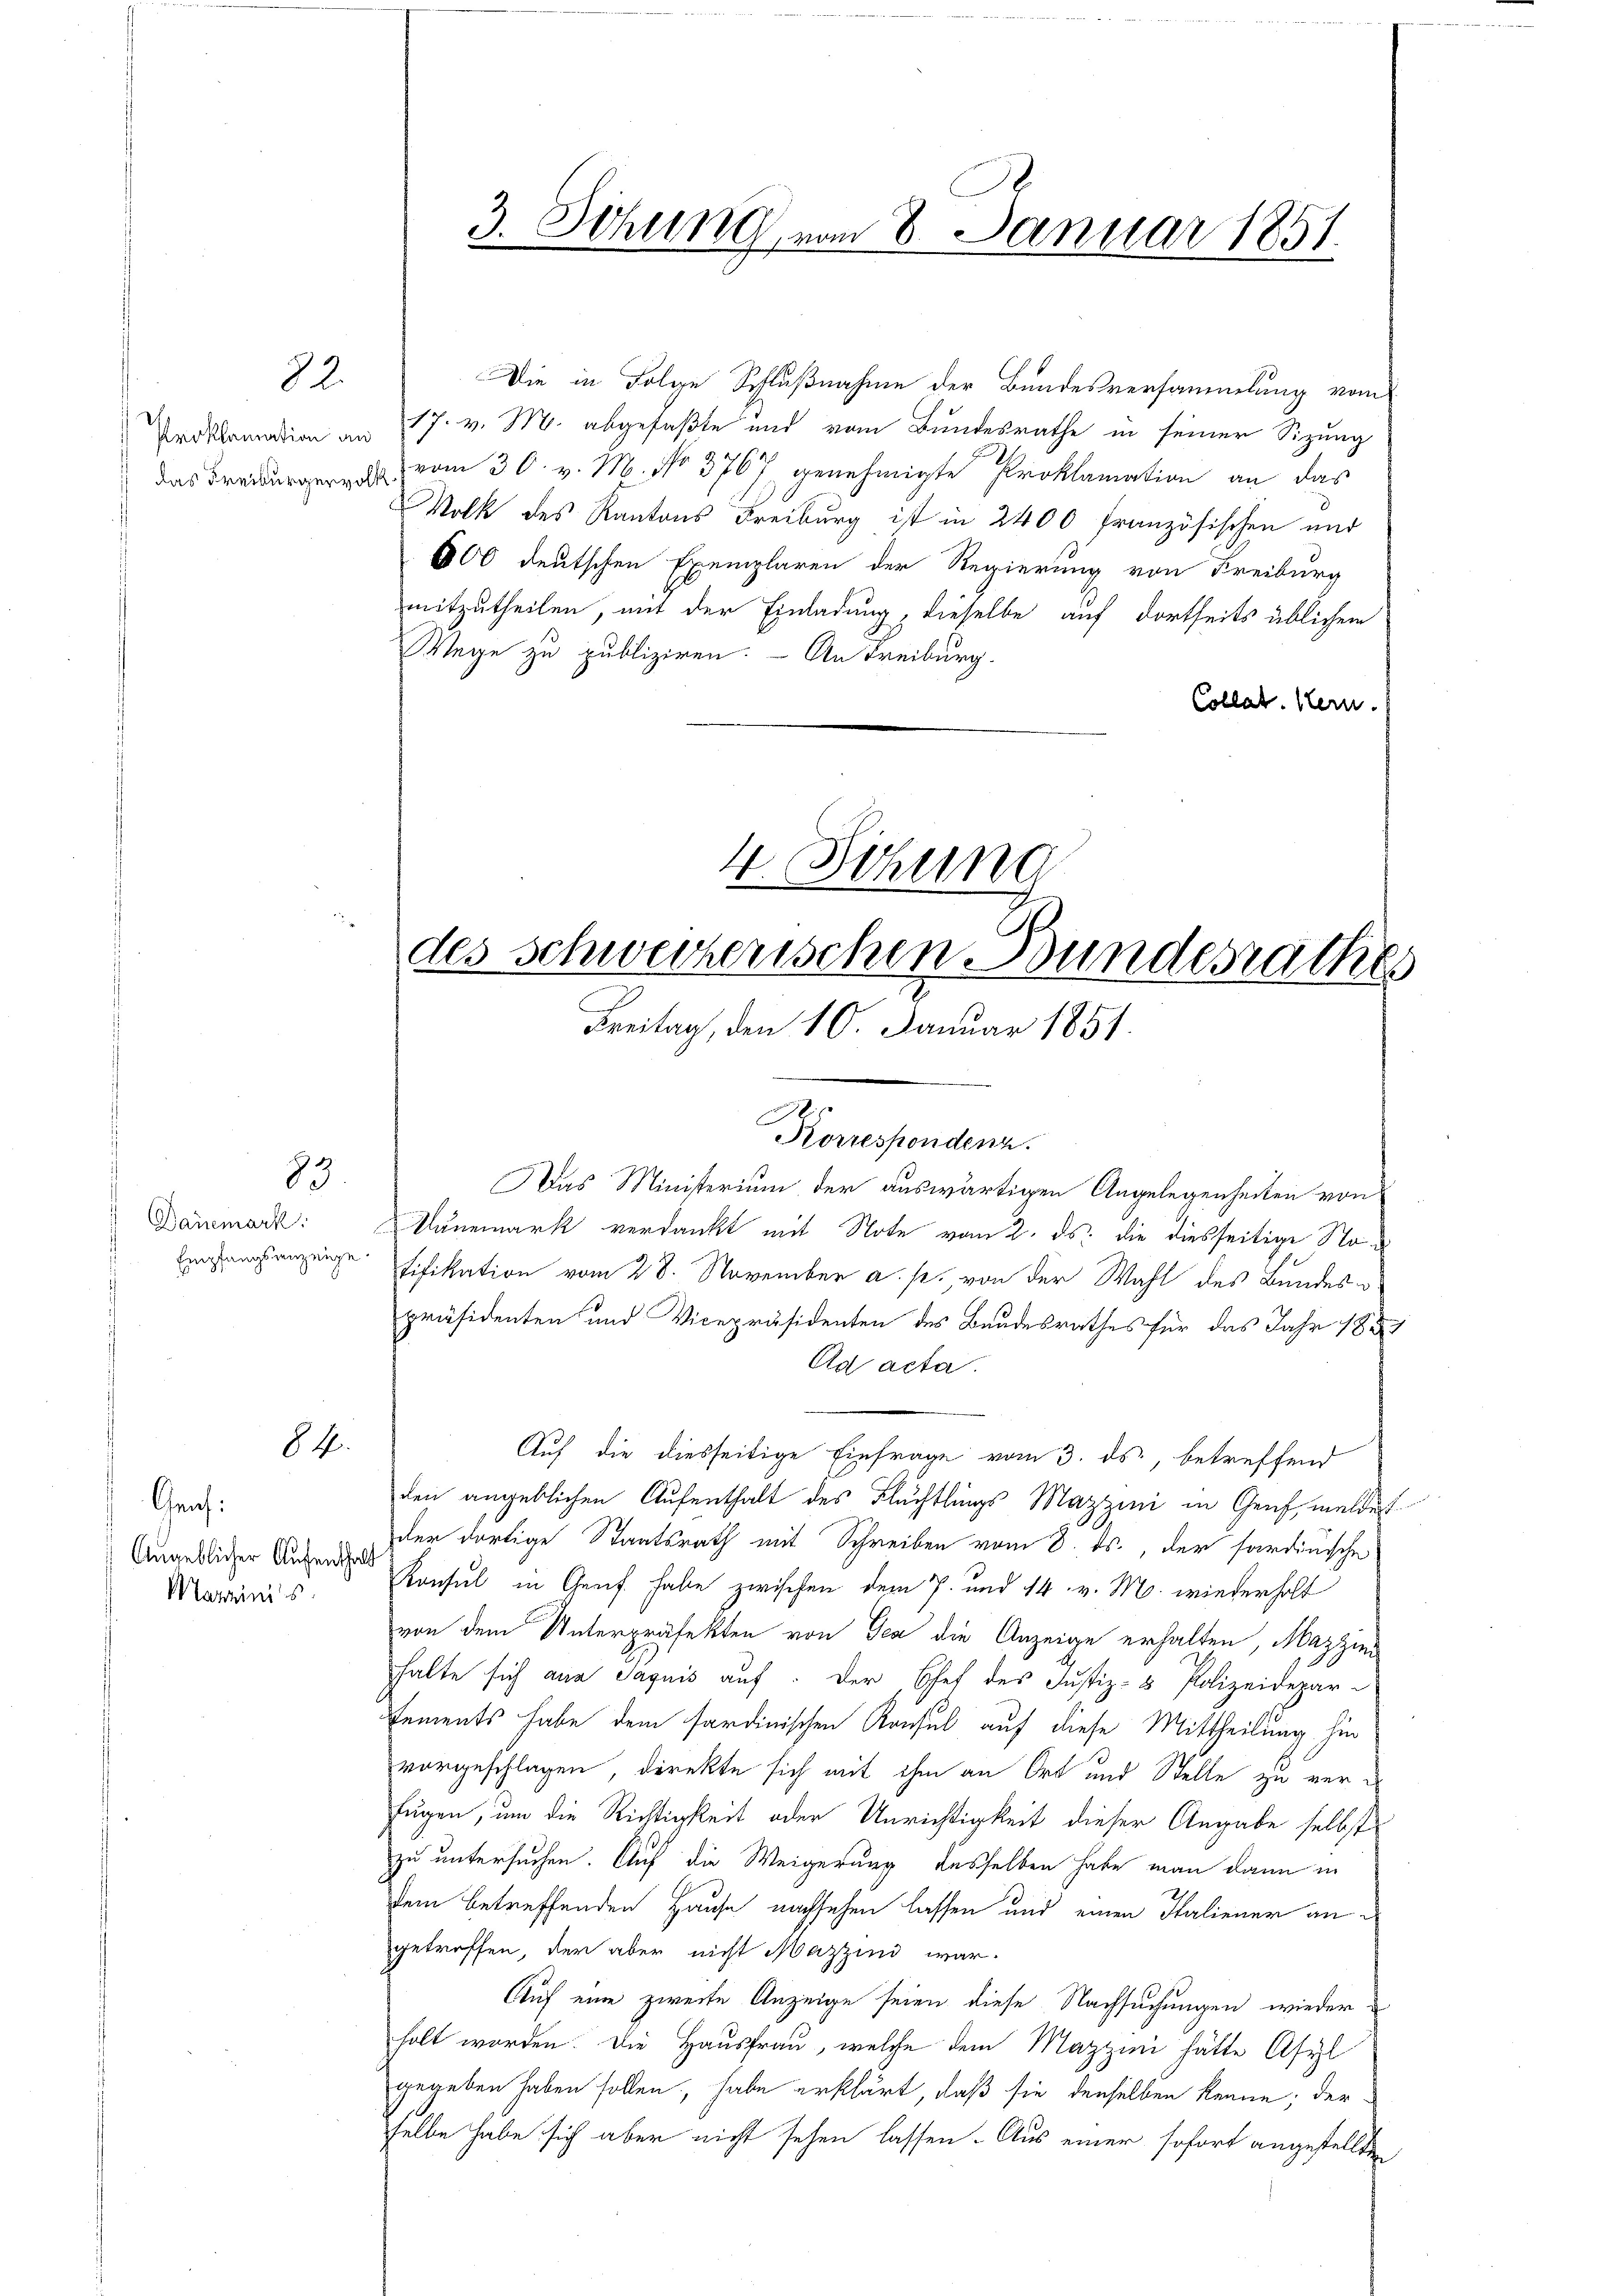
82.

Proklamation an
 das Freiburgervol

23.

Danemark

84.

Graf:
Angeblicher Aufenthalt
Martinis

3. Sitzung vom 8. Januar 1851.

Die in Folge Schlußnahme der Bundesversammlung vom
17. v. M. abgefaßte und vom Bundesrathe in seiner Sitzung
vom 30. v. M. No 3767 genehmigte Proklamation an das
Volk des Kantons Freiburg ist in 2400 französischen und
600 deutschen Exemplaren der Regierung von Freiburg
mitzutheilen, mit der Einladung, dieselbe auf dortseits üblichem
Wege zu publiziren. – An Freiburg.
Collat. Hern.

4. Sitzung
des Schweizerischen Bundesrathes
Freitag, den 10. Januar 1851.

Das Ministerium der auswärtigen Angelegenheiten von
Mänemark verdankt mit Note vom 2. ds. die diesseitige No¬
Ergangsanzeige Eifikation vom 28. November a. p., von der Wahl des Bundespräsidenten und Vicepräsidenten des Bundesrathes für das Jahr 188
Ad acta.
Auf die diesseitige Einfrage vom 3. ds., betreffend
den angeblichen Aufenthalt des Flüchtlings Mazzini in Genf, meldest
der dortige Staatsrath mit Schreiben vom 8. ds., der sardinische
Konsul in Genf habe zwischen dem 7. und 14. v. M. wiederholt
von dem Unterpräfekten von Tea die Anzeige erhalten, Mazzini
halte sich aus Jaquis auf. Der Chef des Justiz- & Polizeidepar-
Eements habe dem sardinischen Konsul auf diese Mittheilung hin
vorgeschlagen, direkte sich mit ihm an Ort und Stelle zu verfugen, um die Richtigkeit oder Unrichtigkeit dieser Angabe selbst
zu untersuchen. Auf die Weigerung desselben habe man dann in
dem betreffenden Hause nachsehen lassen und einen Italiener an d
getroffen, der aber nicht Mazzini war.
Auf eine zweite Anzeige seien diese Nachsuchungen wieder
holt worden. Die Hausfrau, welche dem Mazzini hätte Asyl
gegeben haben sollen, habe erklärt, daß sie denselben kenne; der
selbe habe sich aber nicht sehen lassen. Aus einer sofort angestellten

Korrespondenz.